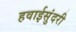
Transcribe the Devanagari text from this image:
हवाईसुंदरी